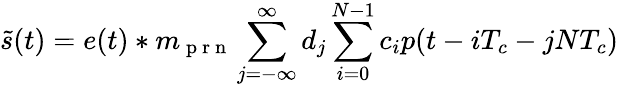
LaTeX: \tilde{s}(t)=e(t)\ast m_{\mathrm{~p~r~n~}}\sum_{j=-\infty}^{\infty}d_{j}\sum_{i=0}^{N-1}c_{i}p(t-iT_{c}-jNT_{c})